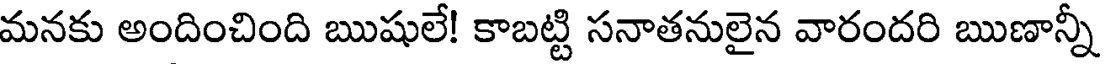
మనకు అందించింది ఋషులే! కాబట్టి సనాతనులైన వారందరి ఋణాన్నీ